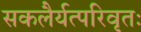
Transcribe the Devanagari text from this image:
सकलैर्यत्परिवृतः